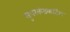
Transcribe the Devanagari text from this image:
सुपरकंडकटिंग